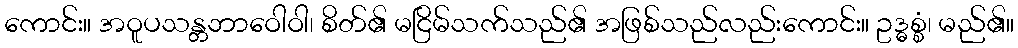
ကောင်း။ အဝူပသန္တဘာဝေါဝါ၊ စိတ်၏ မငြိမ်သက်သည်၏ အဖြစ်သည်လည်းကောင်း။ ဥဒ္ဓစ္စံ၊ မည်၏။